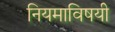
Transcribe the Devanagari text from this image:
नियमाविषयी